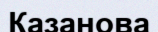
Казанова